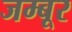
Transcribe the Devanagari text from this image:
जम्बूर